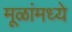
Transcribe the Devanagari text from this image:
मूळांमध्ये